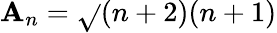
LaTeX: \mathbf{A}_{n}=\sqrt{}{{(n+2)(n+1)}}